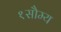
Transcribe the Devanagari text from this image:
१सौम्य